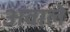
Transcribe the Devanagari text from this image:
अवाले